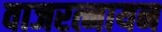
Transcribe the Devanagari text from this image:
वाजरत्नायन